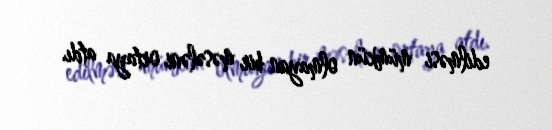
edilməsi mümkün olmayan bir məsələni ortaya atdı.